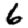
Digit: 6